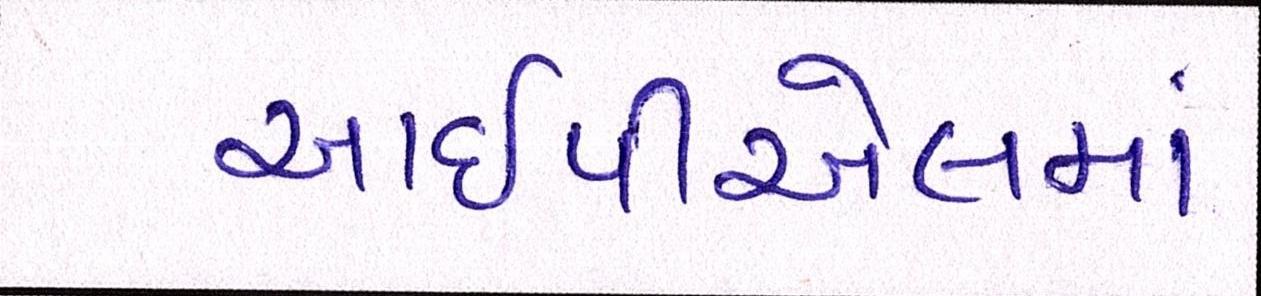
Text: આઇપીએલમાં